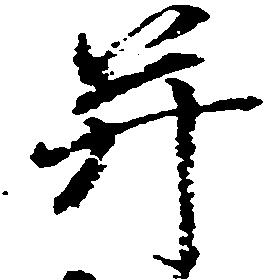
并